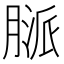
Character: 𦞓